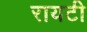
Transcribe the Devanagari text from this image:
रायटी